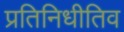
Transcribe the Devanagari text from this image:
प्रतिनिधीतिव